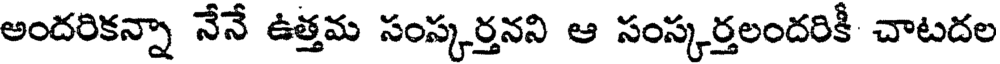
అందరికన్నా నేనే ఉత్తమ సంస్కర్తనని ఆ సంస్కర్తలందరికీ చాటదల